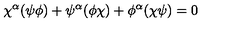
\chi ^ { \alpha } ( \psi \phi ) + \psi ^ { \alpha } ( \phi \chi ) + \phi ^ { \alpha } ( \chi \psi ) = 0